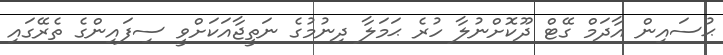
ޙުސައިން އާދަމް ގޭޓް ދޫކޮށްނުލާ ހުރެ ޙަމަލާ ދިނުމުގެ ނަތީޖާއަކަށްވީ ސިފައިންގެ ތެރޭގައި